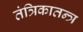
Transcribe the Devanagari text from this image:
तंत्रिकातन्त्र